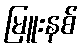
မြူးနစ်